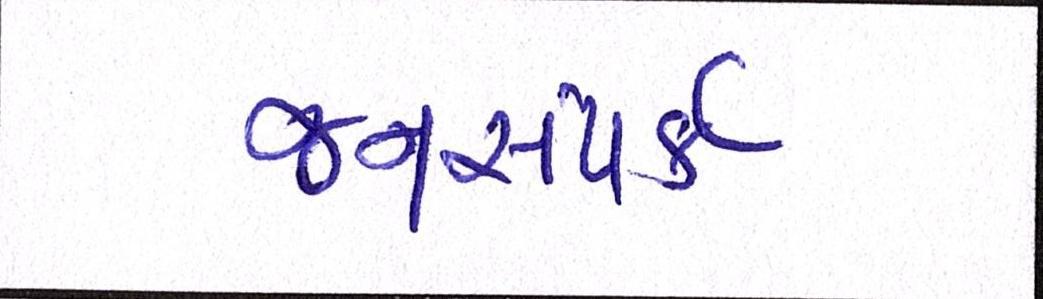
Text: જનસંપર્ક